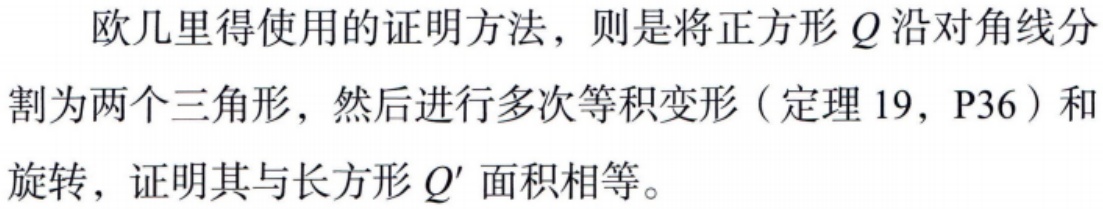
欧几里得使用的证明方法，则是将正方形\(Q\)沿对角线分割为两个三角形，然后进行多次等积变形（定理 19，P36）和旋转，证明其与长方形\(Q'\)面积相等。